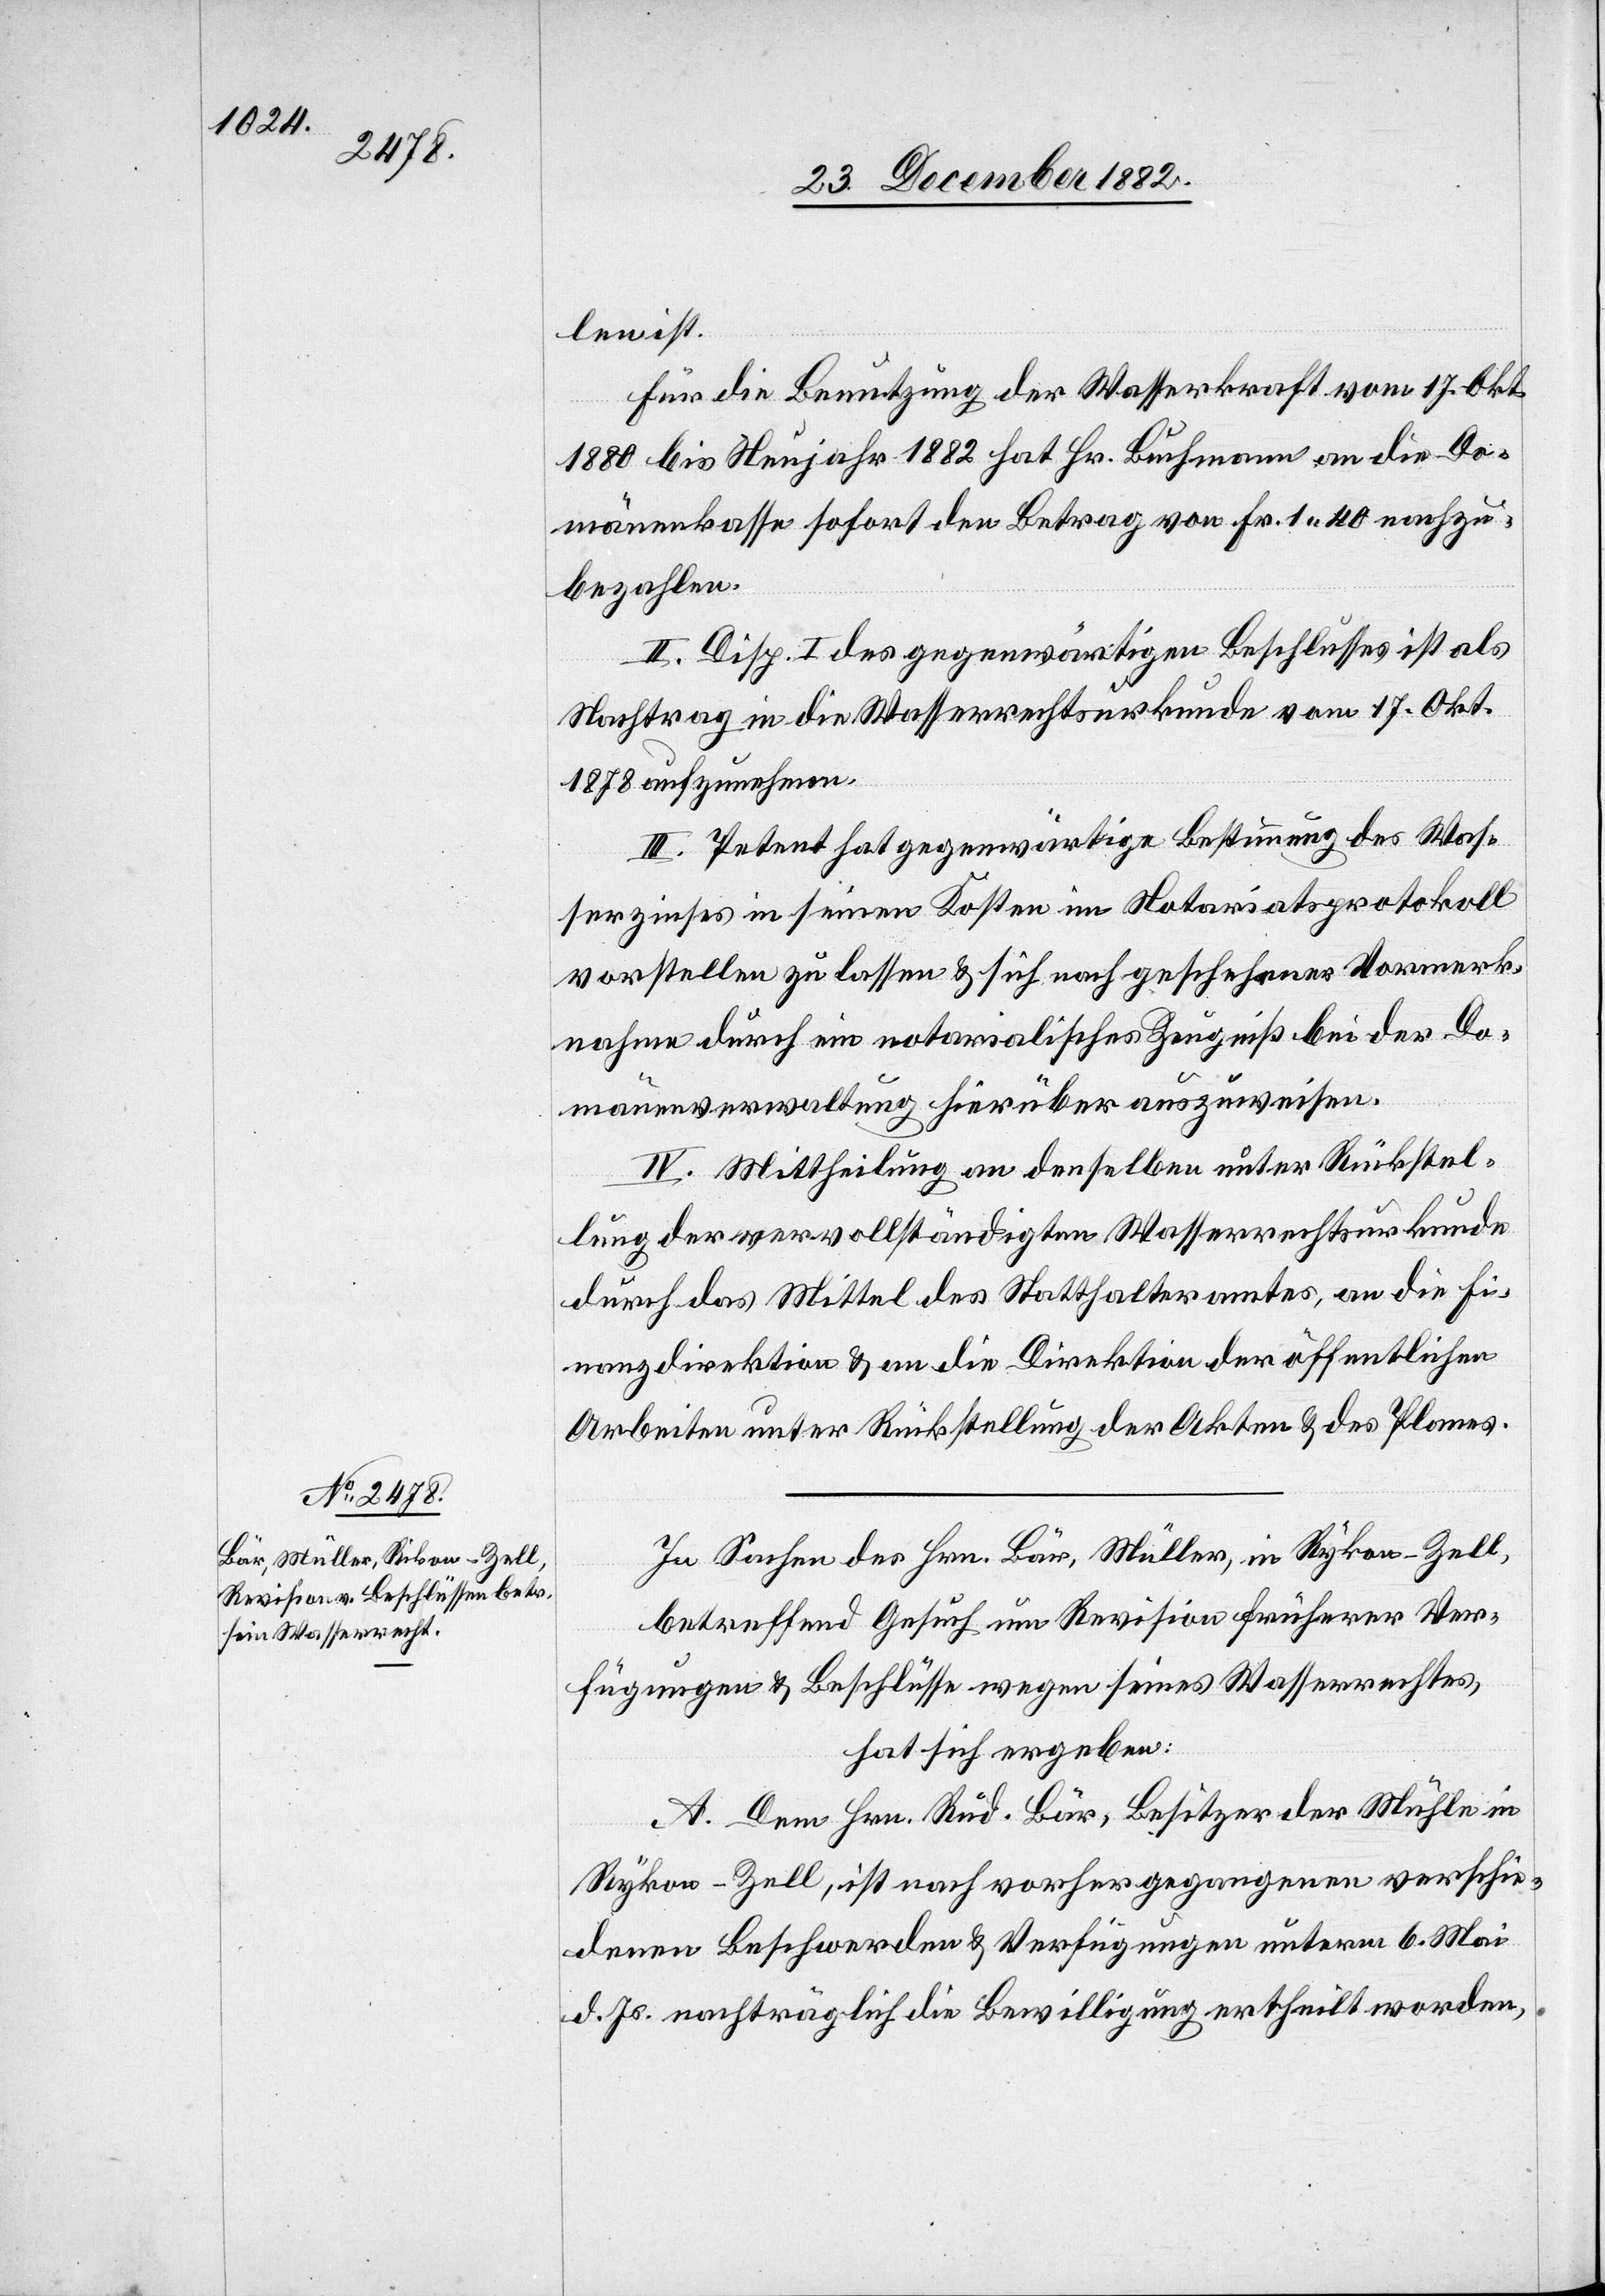
len ist.
Für die Benutzung der Wasserkraft vom 17. Okt.
1880 bis Neujahr 1882 hat Hr. Buchmann an die Do¬
mänenkasse sofort den Betrag von Fr. 1 40 nachzu¬
bezahlen.
II. Disp. I des gegenwärtigen Beschlusses ist als
Nachtrag in die Wasserrechtsurkunde vom 17. Okt.
1878 aufzunehmen.
III. Petent hat gegenwärtige Bestimmung des Was¬
serzinses in seinen Kosten im Notariatsprotokoll
vorstellen zu lassen & sich nach geschehener Vormerk¬
nahme durch ein notarialisches Zeugniß bei der Do¬
mänenverwaltung hierüber auszuweisen.
IV. Mittheilung an denselben unter Rückstel¬
lung der vervollständigten Wasserrechtsurkunde
durch das Mittel des Statthalteramtes, an die Fi¬
nanzdirektion & an die Direktion der öffentlichen
Arbeiten unter Rückstellung der Akten & des Planes.
In Sachen des Hrn. Bär, Müller, in Rykon [sic!]
betreffend Gesuch um Revision früherer Ver¬
fügungen & Beschlüsse wegen seines Wasserrechtes,
hat sich ergeben:
A. Dem Hrn. Rud. Bär, Besitzer der Mühle in
Rykon - Zell, ist nach vorhergegangenen verschie¬
denen Beschwerden & Verfügungen unterm 6. Mai
d. Js. nachträglich die Bewilligung ertheilt worden,